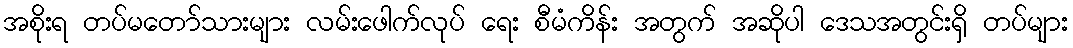
အစိုးရ တပ်မတော်သားများ လမ်းဖေါက်လုပ် ရေး စီမံကိန်း အတွက် အဆိုပါ ဒေသအတွင်းရှိ တပ်များ